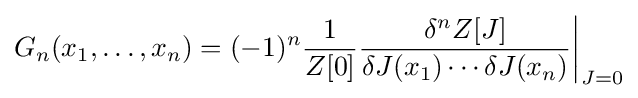
G_{n}(x_{1},\dots ,x_{n})=(-1)^{n}{\frac {1}{Z[0]}}{\frac {\delta ^{n}Z[J]}{\delta J(x_{1})\cdots \delta J(x_{n})}}{\bigg |}_{J=0}